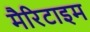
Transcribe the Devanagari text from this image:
मैरिटाइम